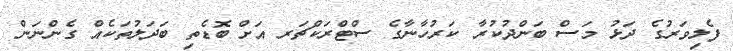
ފެލިވަރުގެ ދަޅު މަސް ބަންދުކުރާ ކަރުހާނާގެ ސްޓްރަކްޗަރ އަށް ބޮޑެތި ބަދަލުތަކެއް ގެންނަން